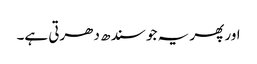
اور پھر یہ جو سندھ دھرتی ہے۔